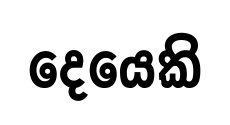
දෙයෙකි